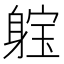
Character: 𨉗